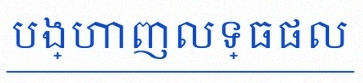
បង្ហាញលទ្ធផល